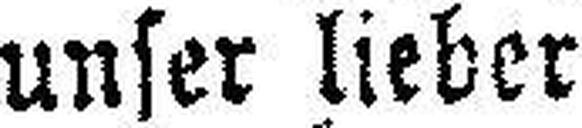
unser lieber